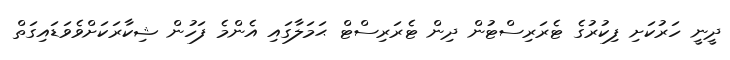
ދީނީ ހަރުކަށި ފިކުރުގެ ޓެރަރިސްޓުން ދިން ޓެރަރިސްޓް ޙަމަލާގައި އެންމެ ފަހުން ޝިކާރަކަށްވެވަޑައިގަތް